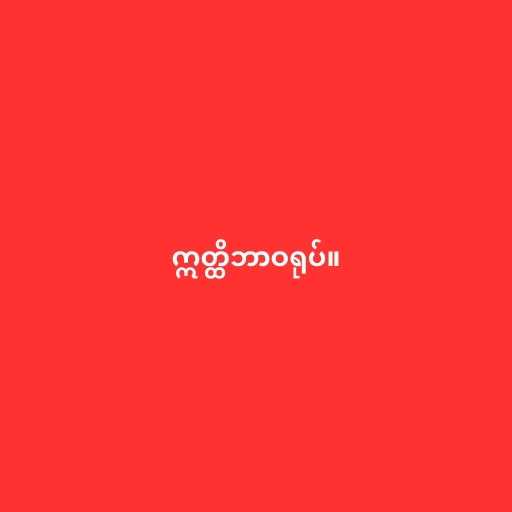
ဣတ္ထိဘာဝရုပ်။